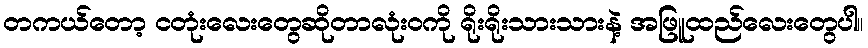
တကယ်တော့ ငတုံးလေးတွေဆိုတာလုံးဝကို ရိုးရိုးသားသားနဲ့ အဖြူထည်လေးတွေပါ။